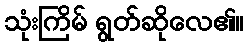
သုံးကြိမ် ရွတ်ဆိုလေ၏။